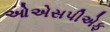
ઓએસપીએફ